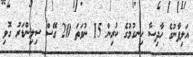
އަލިފާނުގެ ހާދިސާ ހިނގުމުގެ ކުރިން 15 ނުވަތަ 20 ގޭސް ސިލިންޑަރު ގޮވި